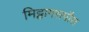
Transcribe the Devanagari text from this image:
मिट्टागसपौस